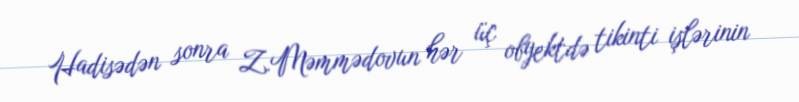
Hadisədən sonra Z.Məmmədovun hər üç obyektdə tikinti işlərinin